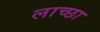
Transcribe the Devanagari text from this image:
लाच्छा